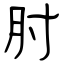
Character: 肘